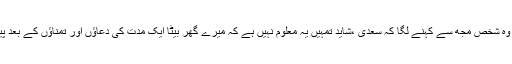
ایک رات وہ شخص مجھ سے کہنے لگا کہ سعدیؒ ،شاید تمہیں یہ معلوم نہیں ہے کہ میرے گھر بیٹا ایک مدت کی دعاؤں اور تمناؤں کے بعد پیدا ہوا ہے۔